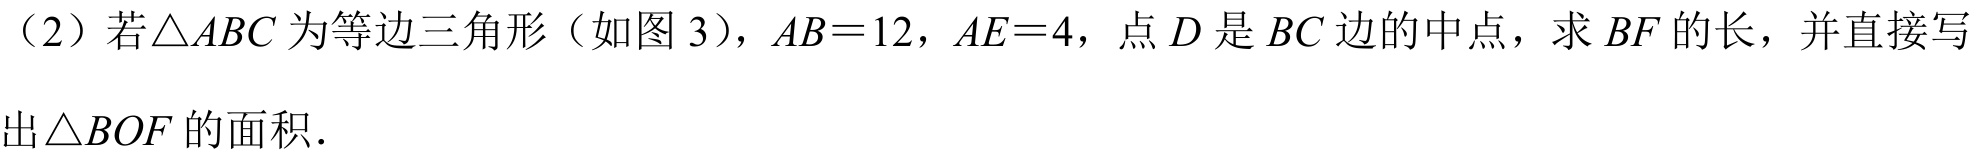
（2）若\(\triangle ABC\)为等边三角形（如图3），\(AB = 12\)，\(AE = 4\)，点\(D\)是\(BC\)边的中点，求\(BF\)的长，并直接写
出\(\triangle BOF\)的面积.